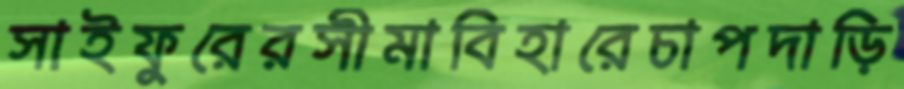
সাইফুরেরসীমাবিহারেচাপদাড়ি